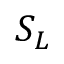
S _ { L }